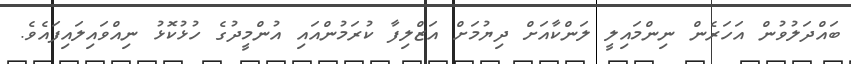
ބައްދަލުވުން އަހަރެން ނިންމައިލީ ލަންކާއަށް ދިޔުމަށް އަޒްލިފާ ކުރަމުންއައި އުންމީދުގެ ހުޅުކޮޅު ނިއްވައިލައިފައެވެ.